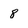
Character: 8